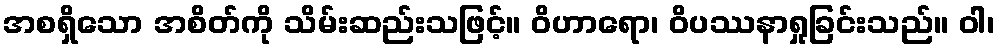
အစရှိသော အစိတ်ကို သိမ်းဆည်းသဖြင့်။ ဝိဟာရော၊ ဝိပဿနာရှုခြင်းသည်။ ဝါ၊